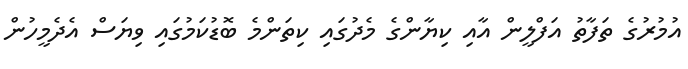
އުމުރުގެ ތަފާތު އަފްލީން އާއި ކިޔާންގެ މެދުގައި ކިތަންމެ ބޮޑުކަމުގައި ވިޔަސް އެދެމީހުން